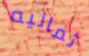
ثمانيه